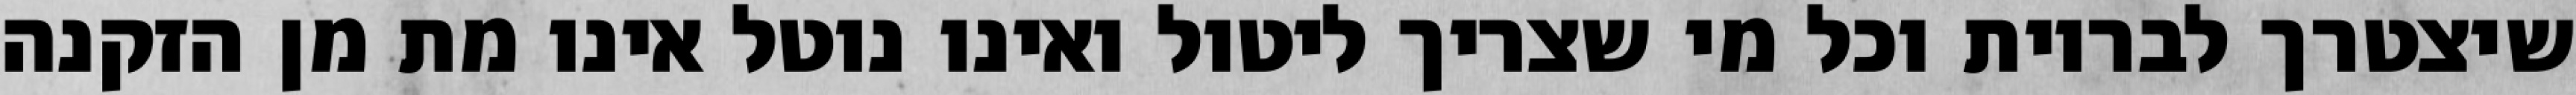
שיצטרך לבריות וכל מי שצריך ליטול ואינו נוטל אינו מת מן הזקנה